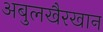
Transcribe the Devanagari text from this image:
अबुलखैरखान